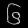
Digit: ၆